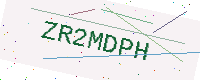
Text: ZR2MDPH